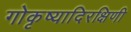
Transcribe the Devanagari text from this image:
गोकृष्यादिरक्षिणी